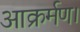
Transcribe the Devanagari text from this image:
आक्रर्मण।